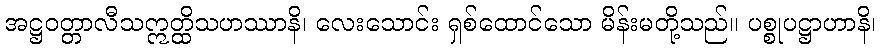
အဋ္ဌဝတ္တာလီသဣတ္ထိသဟဿာနိ၊ လေးသောင်း ရှစ်ထောင်သော မိန်းမတို့သည်။ ပစ္စုပဋ္ဌာဟာနိ၊